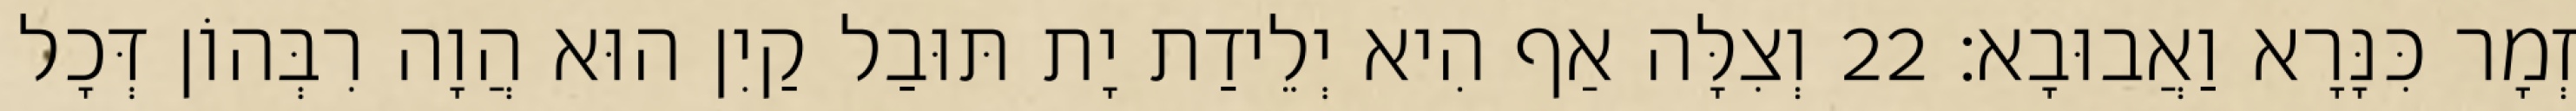
זְמָר כִּנָּרָא וַאֲבוּבָא׃ 22 וְצִלָּה אַף הִיא יְלֵידַת יָת תּוּבַל קַיִן הוּא הֲוָה רִבְּהוֹן דְּכָל